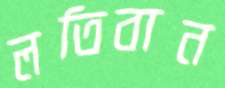
লতিবান